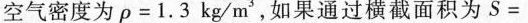
空气密度为ρ=1.3kg/m'，如果通过横截面积为S=